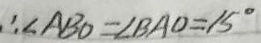
\therefore \angle A B O = \angle B A O = 1 5 ^ { \circ }